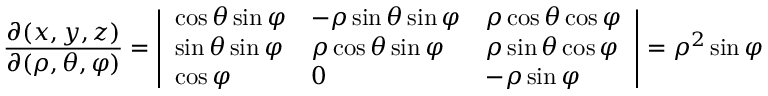
{ \frac { \partial ( x , y , z ) } { \partial ( \rho , \theta , \varphi ) } } = { \left| \begin{array} { l l l } { \cos \theta \sin \varphi } & { - \rho \sin \theta \sin \varphi } & { \rho \cos \theta \cos \varphi } \\ { \sin \theta \sin \varphi } & { \rho \cos \theta \sin \varphi } & { \rho \sin \theta \cos \varphi } \\ { \cos \varphi } & { 0 } & { - \rho \sin \varphi } \end{array} \right| } = \rho ^ { 2 } \sin \varphi